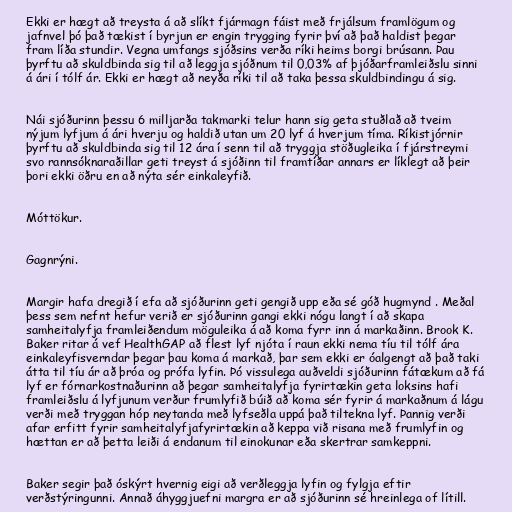
Ekki er hægt að treysta á að slíkt fjármagn fáist með frjálsum framlögum og
jafnvel þó það tækist í byrjun er engin trygging fyrir því að það haldist þegar
fram líða stundir. Vegna umfangs sjóðsins verða ríki heims borgi brúsann. Þau
þyrftu að skuldbinda sig til að leggja sjóðnum til 0,03% af þjóðarframleiðslu sinni
á ári í tólf ár. Ekki er hægt að neyða ríki til að taka þessa skuldbindingu á sig.

Nái sjóðurinn þessu 6 milljarða takmarki telur hann sig geta stuðlað að tveim
nýjum lyfjum á ári hverju og haldið utan um 20 lyf á hverjum tíma. Ríkistjórnir
þyrftu að skuldbinda sig til 12 ára í senn til að tryggja stöðugleika í fjárstreymi
svo rannsóknaraðillar geti treyst á sjóðinn til framtíðar annars er líklegt að þeir
þori ekki öðru en að nýta sér einkaleyfið.

Móttökur.

Gagnrýni.

Margir hafa dregið í efa að sjóðurinn geti gengið upp eða sé góð hugmynd . Meðal
þess sem nefnt hefur verið er sjóðurinn gangi ekki nógu langt í að skapa
samheitalyfja framleiðendum möguleika á að koma fyrr inn á markaðinn. Brook K.
Baker ritar á vef HealthGAP að flest lyf njóta í raun ekki nema tíu til tólf ára
einkaleyfisverndar þegar þau koma á markað, þar sem ekki er óalgengt að það taki
átta til tíu ár að þróa og prófa lyfin. Þó vissulega auðveldi sjóðurinn fátækum að fá
lyf er fórnarkostnaðurinn að þegar samheitalyfja fyrirtækin geta loksins hafi
framleiðslu á lyfjunum verður frumlyfið búið að koma sér fyrir á markaðnum á lágu
verði með tryggan hóp neytanda með lyfseðla uppá það tiltekna lyf. Þannig verði
afar erfitt fyrir samheitalyfjafyrirtækin að keppa við risana með frumlyfin og
hættan er að þetta leiði á endanum til einokunar eða skertrar samkeppni.

Baker segir það óskýrt hvernig eigi að verðleggja lyfin og fylgja eftir
verðstýringunni. Annað áhyggjuefni margra er að sjóðurinn sé hreinlega of lítill.